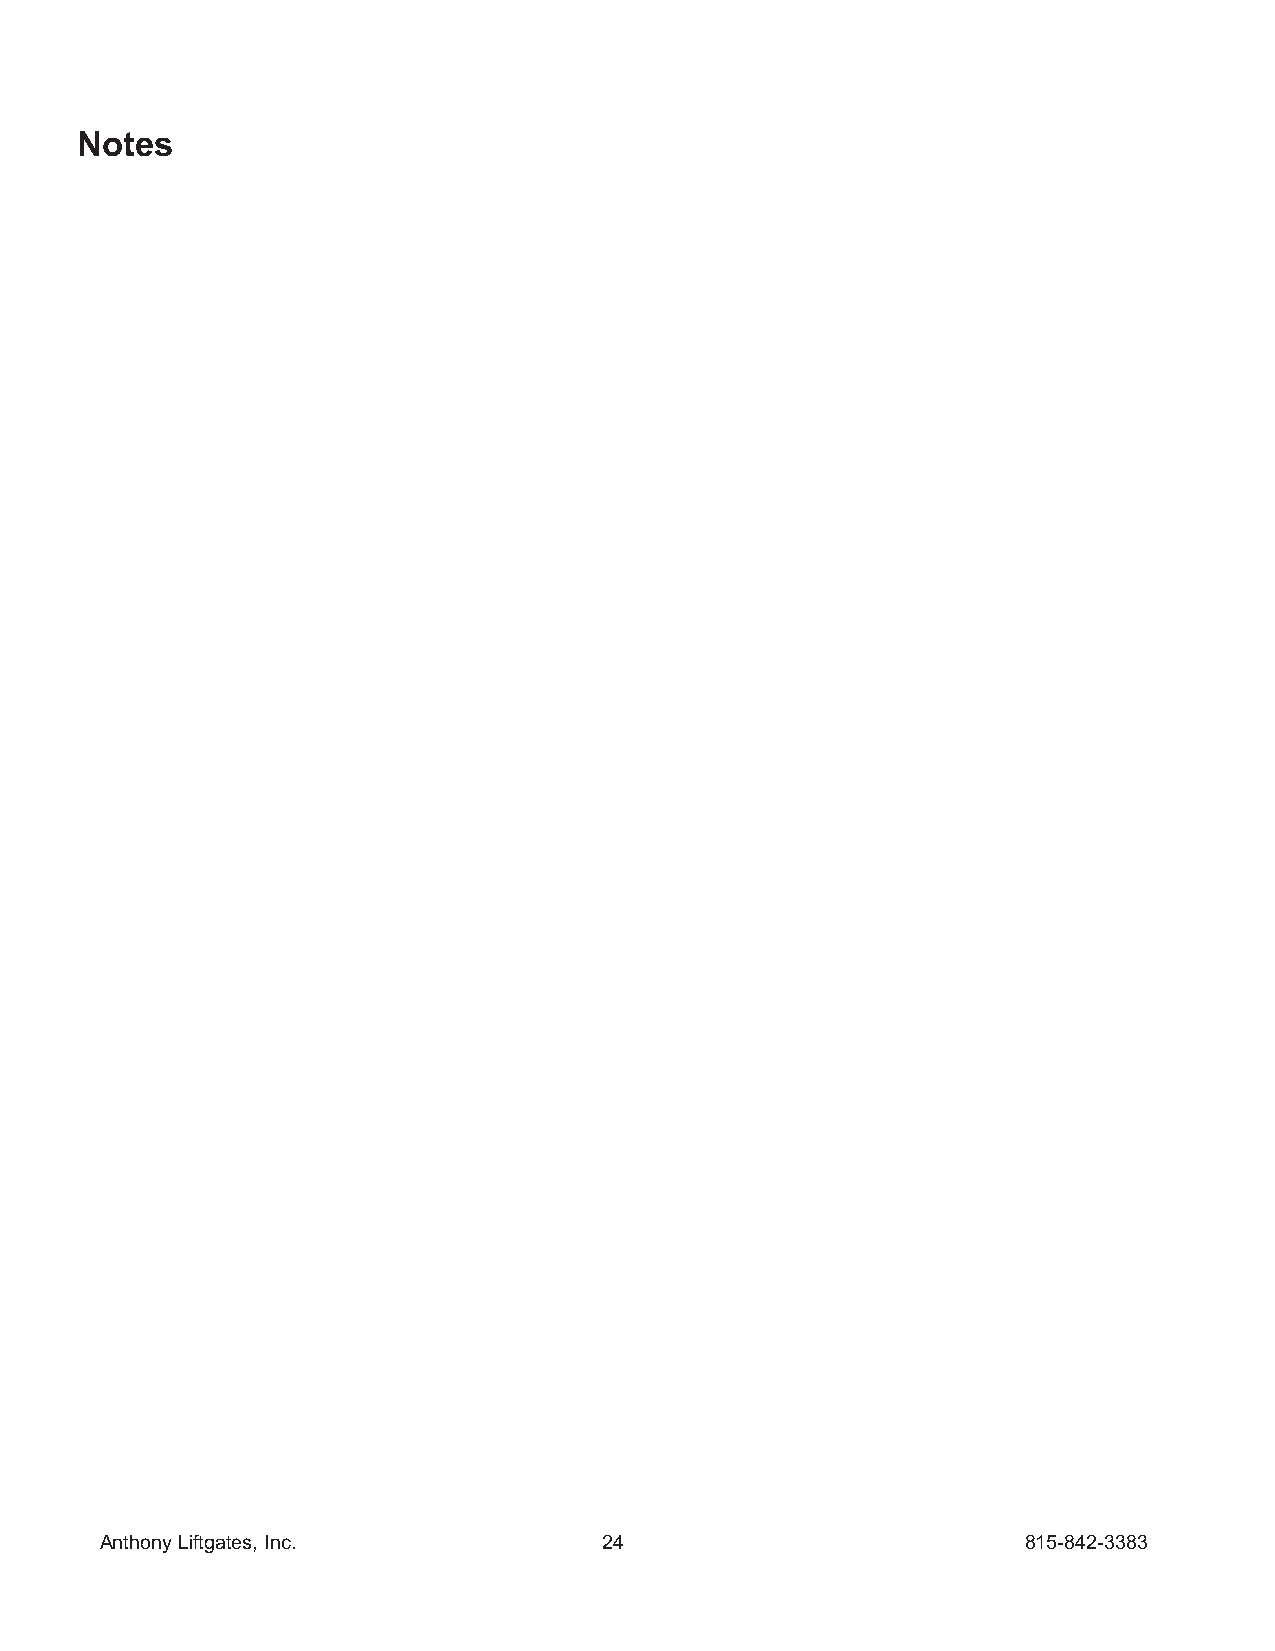
Notes
 Anthony Liftgates, Inc.          24                          815-842-3383